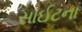
સાઈટના